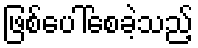
ဖြစ်ပေါ်စေခဲ့သည့်